Anatomy and histology of ticks - Number 23
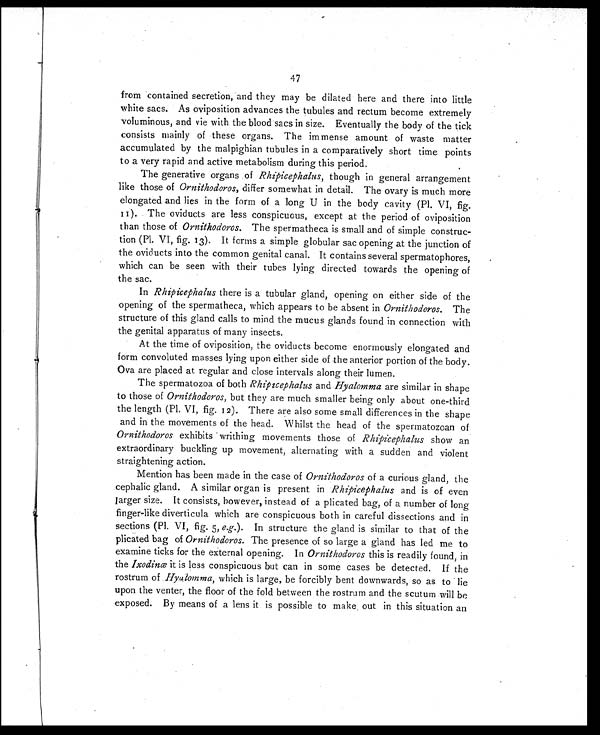
47
from contained secretion, and they may be dilated here and there into little
white sacs. As oviposition advances the tubules and rectum become extremely
voluminous, and vie with the blood sacs in size. Eventually the body of the tick
consists mainly of these organs. The immense amount of waste matter
accumulated by the malpighian tubules in a comparatively short time points
to a very rapid and active metabolism during this period.
The generative organs of Rhipicephalus, though in general arrangement
like those of Ornithodoros, differ somewhat in detail. The ovary is much more
elongated and lies in the form of a long U in the body cavity (P1. VI, fig.
11). The oviducts are less conspicuous, except at the period of oviposition
than those of Ornithodoros. The spermatheca is small and of simple construc-
tion (Pl. VI, fig. 13). It forms a simple globular sac opening at the junction of
the oviducts into the common genital canal. It contains several spermatophores,
which can be seen with their tubes lying directed towards the opening of
the sac.
In Rhipicephalus there is a tubular gland, opening on either side of the
opening of the spermatheca, which appears to be absent in Ornithodoros. The
structure of this gland calls to mind the mucus glands found in connection with
the genital apparatus of many insects.
At the time of oviposition, the oviducts become enormously elongated and
form convoluted masses lying upon either side of the anterior portion of the body.
Ova are placed at regular and close intervals along their lumen.
The spermatozoa of both Rhipicephalus and Hyalomma are similar in shape
to those of Ornithodoros, but they are much smaller being only about one-third
the length (Pl. VI, fig. 12). There are also some small differences in the shape
and in the movements of the head. Whilst the head of the spermatozoan of
Ornithodoros exhibits writhing movements those of Rhipicephalus show an
extraordinary buckling up movement, alternating with a sudden and violent
straightening action.
Mention has been made in the case of Ornithodoros of a curious gland, the
cephalic gland. A similar organ is present in Rhipicephalus and is of even
larger size. It consists, however, instead of a plicated bag, of a number of long
finger-like diverticula which are conspicuous both in careful dissections and in
sections (Pl. VI, fig. 5, e.g. ). In structure the gland is similar to that of the
plicated bag of Ornithodoros. The presence of so large a gland has led me to
examine ticks for the external opening. In Ornithodoros this is readily found, in
the Ixodinæ it is less conspicuous but can in some cases be detected. If the
rostrum of Hyalomma, which is large, be forcibly bent downwards, so as to lie
upon the venter, the floor of the fold between the rostrum and the scutum will be
exposed. By means of a lens it is possible to make out in this situation an